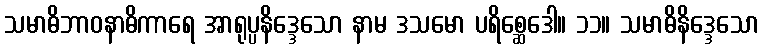
သမာဓိဘာဝနာဓိကာရေ အာရုပ္ပနိဒ္ဒေသော နာမ ဒသမော ပရိစ္ဆေဒေါ။ ၁၁။ သမာဓိနိဒ္ဒေသော